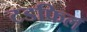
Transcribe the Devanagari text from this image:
टडफिल